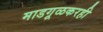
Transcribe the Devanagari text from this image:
माडगूळकरही